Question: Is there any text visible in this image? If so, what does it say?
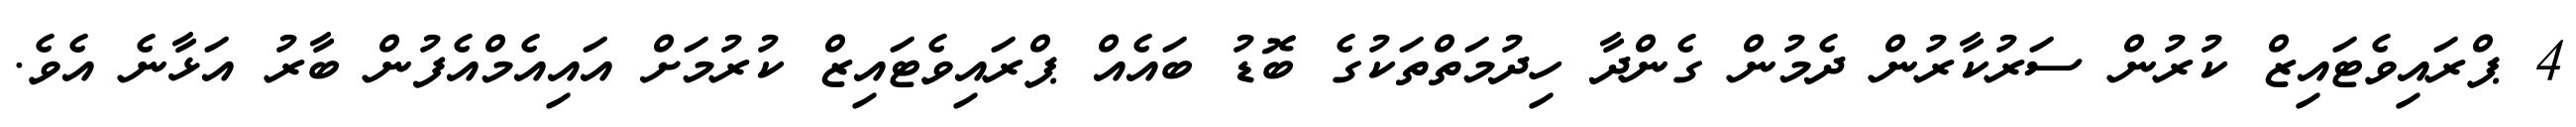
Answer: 4 ޕްރައިވެޓައިޒް ކުރުން ސަރުކާރުން ދެމުން ގެންދާ ހިދުމަތްތަކުގެ ބޮޑު ބައެއް ޕްރައިވެޓައިޒް ކުރުމަށް އައިއެމްއެފުން ބާރު އަޅާނެ އެވެ.